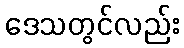
ဒေသတွင်လည်း